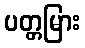
ပတ္တမြား